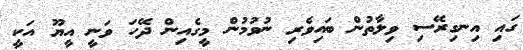
ގައި އިނގިރޭސި ވިލާތުން ބައިވެރި ނުވުމުން މީގެއިން ދޭހަ ވަނީ އީޔޫ އަކީ